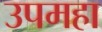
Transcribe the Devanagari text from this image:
उपमहा